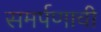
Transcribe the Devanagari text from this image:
समर्पणाची